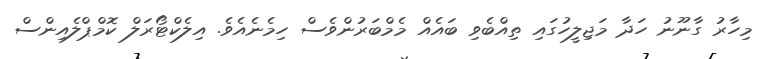
މިހާރު ގާނޫނު ހަދާ މަޖިލީހުގައި ތިއްބެވި ބައެއް މެމްބަރުންވެސް ހިމެނެއެވެ. އިލެކްޓޯރަލް ކޮމްޕްލެއިންސް